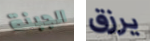
الجبنة يرزق